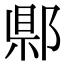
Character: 郻